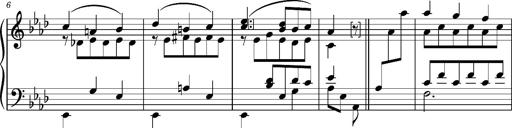
Title: KlavierstÃ¼ck in As-dur No.2 (S.189a/1)
Composer: Franz Liszt
Key: A